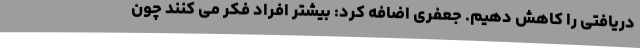
دریافتی را کاهش دهیم. جعفری اضافه کرد: بیشتر افراد فکر می کنند چون